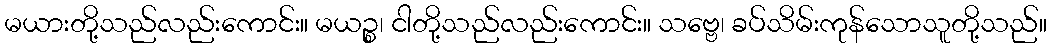
မယားတို့သည်လည်းကောင်း။ မယဉ္စ၊ ငါတို့သည်လည်းကောင်း။ သဗ္ဗေ၊ ခပ်သိမ်းကုန်သောသူတို့သည်။